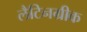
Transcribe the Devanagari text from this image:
लैटिनग्रीक